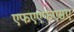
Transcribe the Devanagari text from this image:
एफएएफएसए